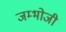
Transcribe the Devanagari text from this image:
जम्भोजी